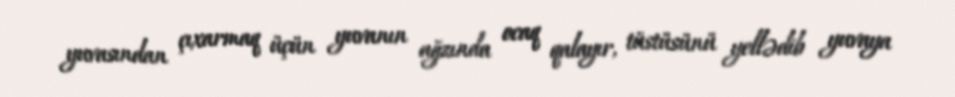
yuvasından çıxarmaq üçün yuvanın ağzında ocaq qalayır, tüstüsünü yellədib yuvaya